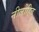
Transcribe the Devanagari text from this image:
नीलोहित